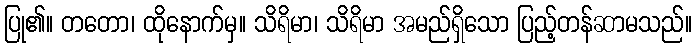
ပြု၏။ တတော၊ ထိုနောက်မှ။ သိရိမာ၊ သိရိမာ အမည်ရှိသော ပြည့်တန်ဆာမသည်။